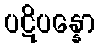
ပဋိပန္နော